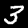
Label: 3